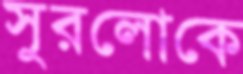
সুরলোকে